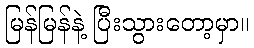
မြန်မြန်နဲ့ ပြီးသွားတော့မှာ။